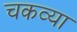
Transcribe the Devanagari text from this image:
चकव्या